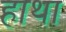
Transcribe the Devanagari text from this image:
हाथा